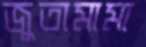
জুতামামা